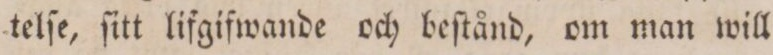
telſe, ſitt lifgifwande och beſtånd, om man will